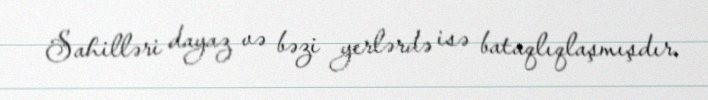
Sahilləri dayaz və bəzi yerlərdə isə bataqlıqlaşmışdır.